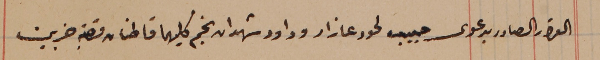
القرار الصادر بدعوى حبيب لحود عازار وداود شهدان نجم كليهما قاطنان قصبة جزين